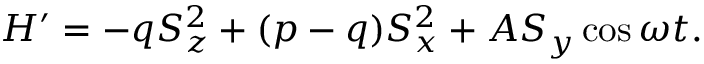
H ^ { \prime } = - q S _ { z } ^ { 2 } + ( p - q ) S _ { x } ^ { 2 } + A S _ { y } \cos \omega t .